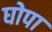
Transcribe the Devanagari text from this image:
घोपा